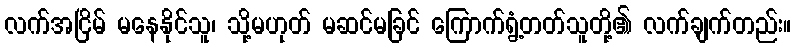
လက်အငြိမ် မနေနိုင်သူ၊ သို့မဟုတ် မဆင်မခြင် ကြောက်ရွံ့တတ်သူတို့၏ လက်ချက်တည်း။